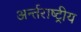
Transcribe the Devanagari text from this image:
अर्न्‍तराष्‍ट्रीय